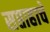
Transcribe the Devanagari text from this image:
सप्ताहाचे